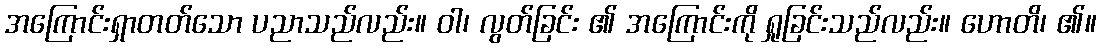
အကြောင်းရှာတတ်သော ပညာသည်လည်း။ ဝါ၊ လွတ်ခြင်း ၏ အကြောင်းကို ရှုခြင်းသည်လည်း။ ဟောတိ၊ ၏။